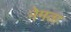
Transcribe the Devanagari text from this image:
नेमता